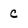
Character: C